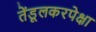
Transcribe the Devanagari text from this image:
तेंडूलकरपेक्षा